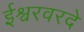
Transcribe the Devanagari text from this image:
ईश्वरवरदे